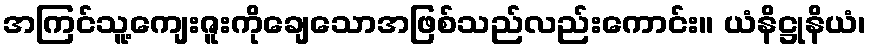
အကြင်သူ့ကျေးဇူးကိုချေသောအဖြစ်သည်လည်းကောင်း။ ယံနိဋ္ဌုနိယံ၊